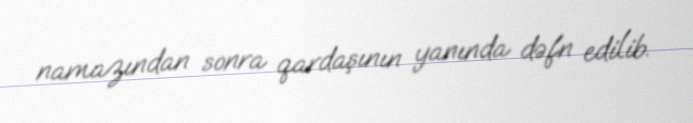
namazından sonra qardaşının yanında dəfn edilib.